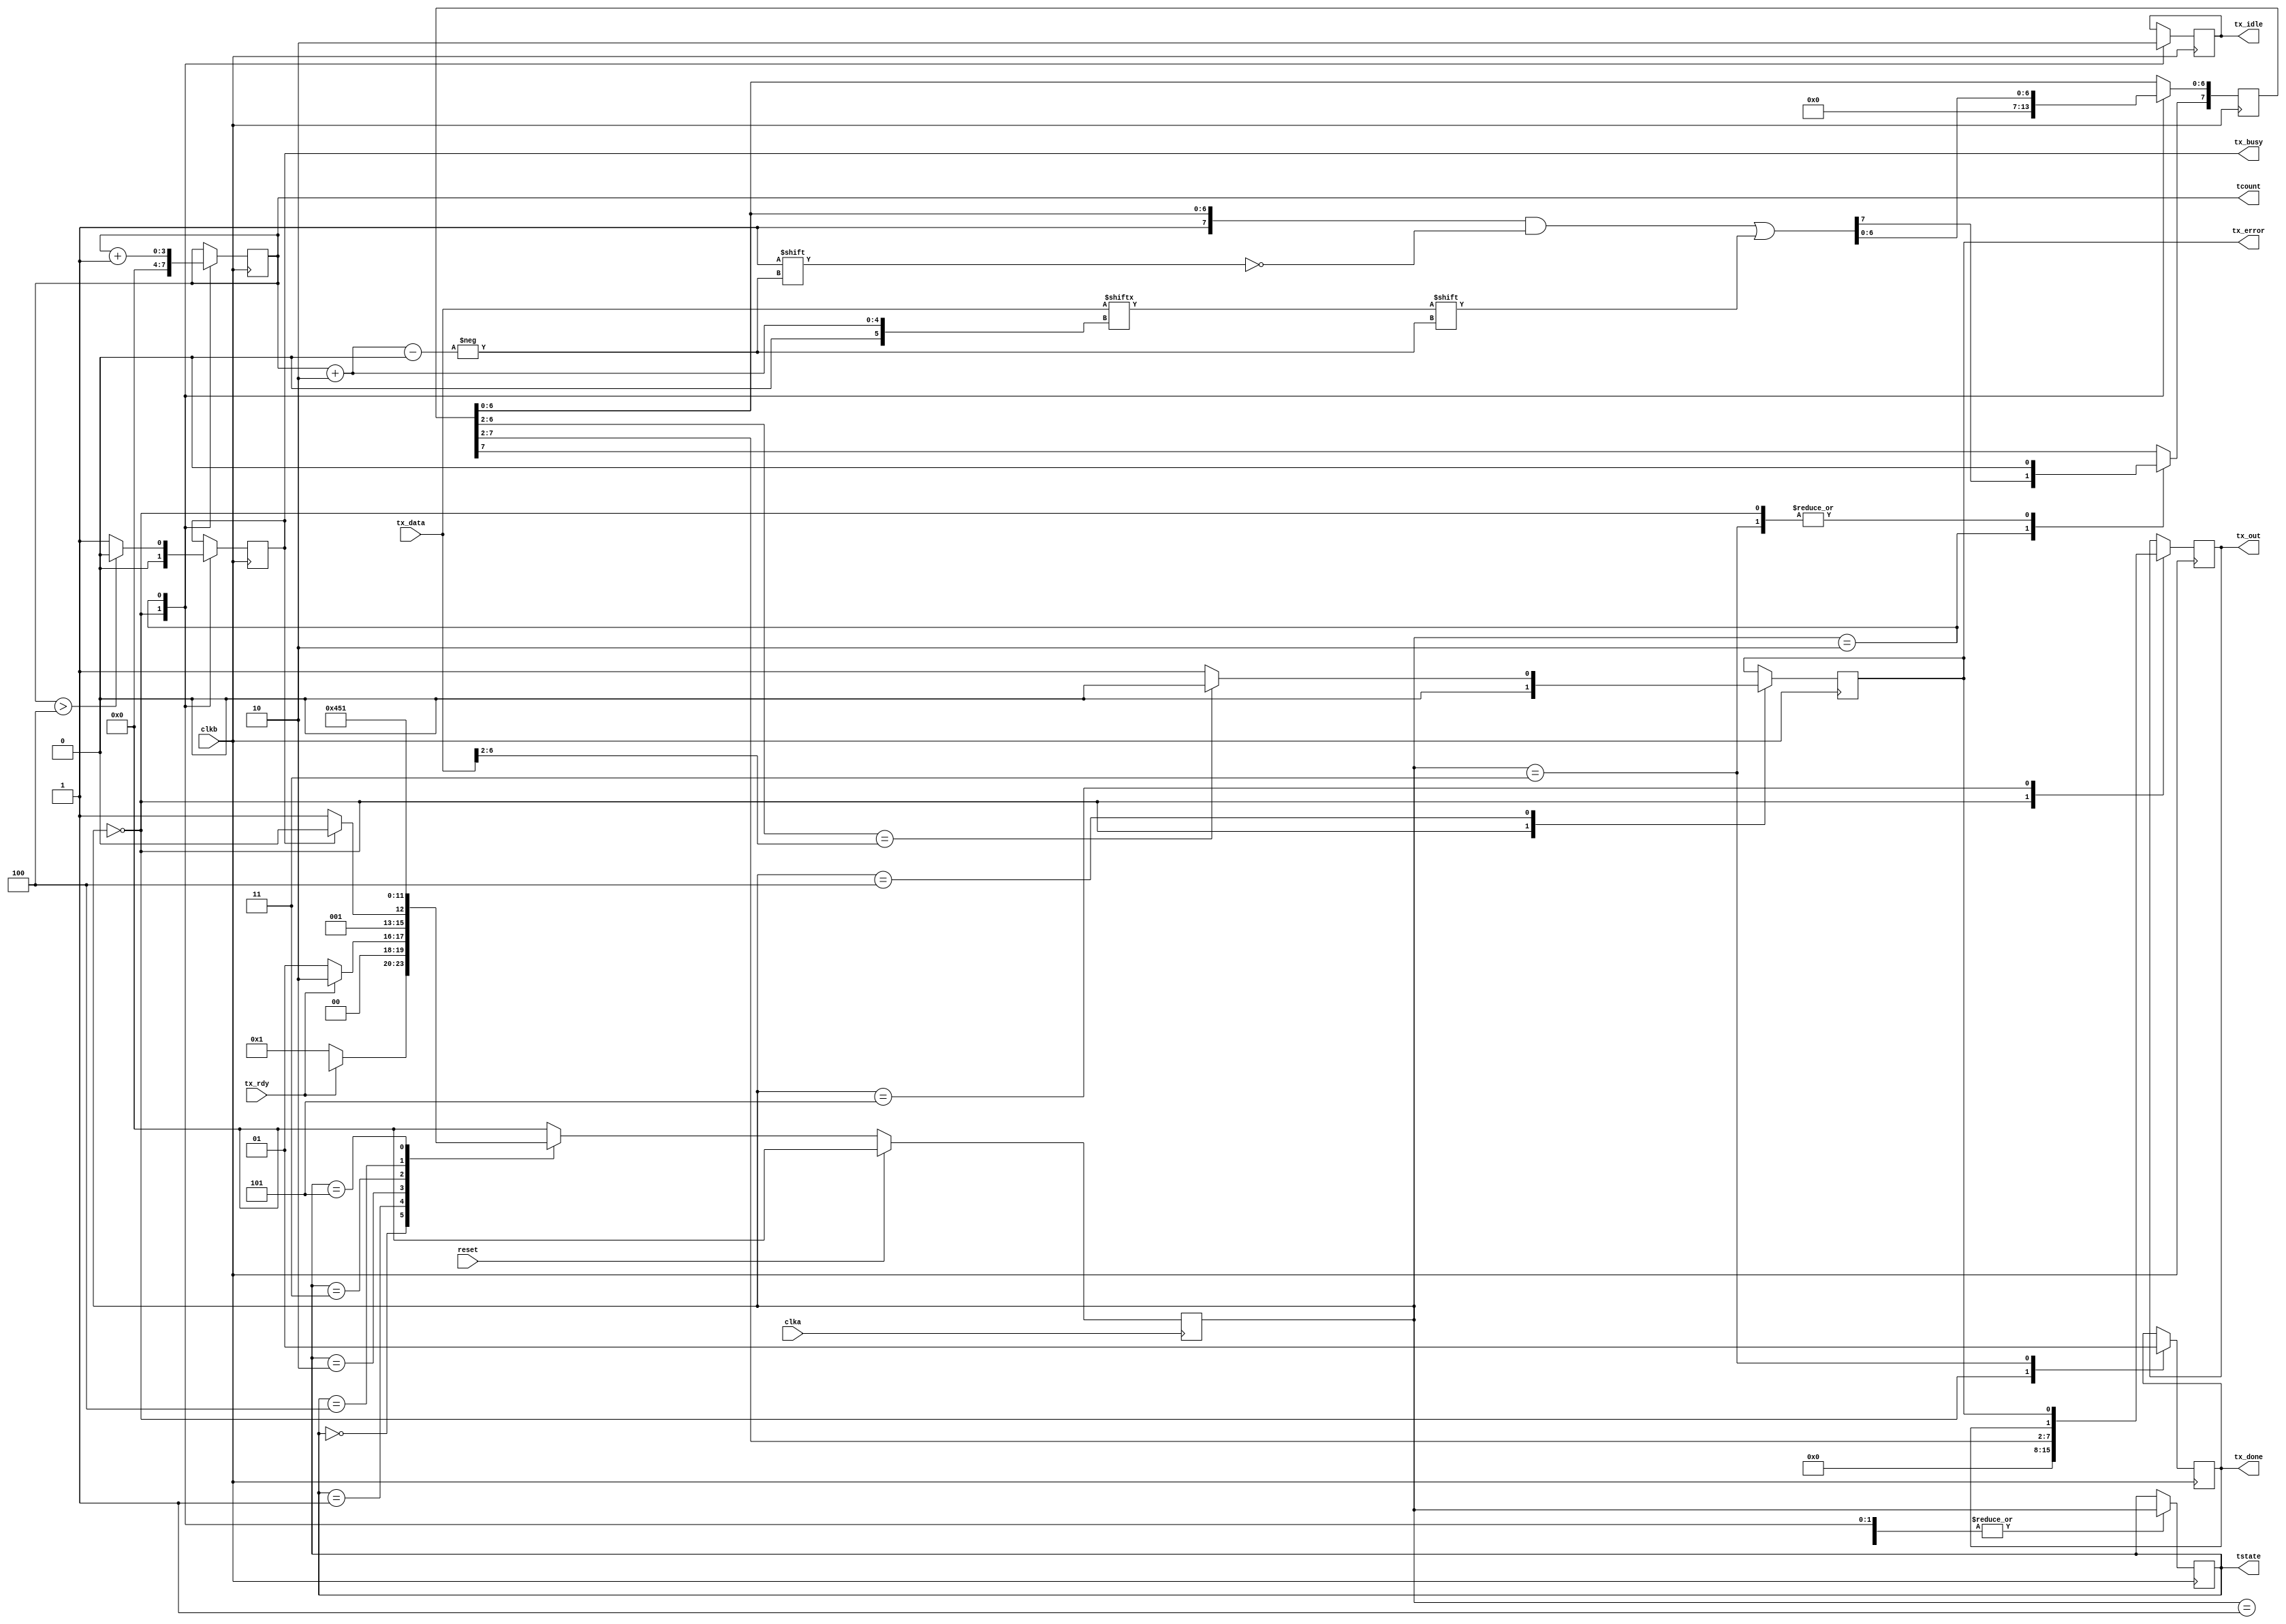
module tx_mainFSM(
input wire clka, clkb, reset,
input wire [7:0] tx_data,
input wire tx_rdy,
output reg [7:0] tx_out,
output [3:0] tstate,
output reg [3:0] tcount,
output reg tx_error, tx_busy, tx_done, tx_idle);

reg [7:0] ttmpout =8'b00000000;

parameter SIZE = 4;
parameter S0  = 4'b0000, S1 = 4'b0001, S2 = 4'b0010, S3=4'b0011, S4=4'b0100, S5=4'b0101, S6  = 4'b0110, S7 = 4'b0111, S8 = 4'b1000;

reg   [SIZE-1:0]          tstate        ;// Seq part of the FSM
wire   [SIZE-1:0]         temp_tstate   ;// Internal tstate reg
reg   [SIZE-1:0]          next_tstate   ;// combo part of FSM

assign  temp_tstate = fsm_function(tstate, tx_rdy, tx_busy, tcount);

function [SIZE-1:0] fsm_function;
	input [SIZE-1:0] tstate;
	input tx_rdy, tx_busy;
	input [3:0] tcount;

	case(tstate)
			S0: begin 
				if(~tx_rdy) begin
					fsm_function = S1;
				end 	
									// idle stage
			end

			S1: begin
				if(tx_rdy) begin 
					fsm_function = S2;
				end
				else begin
					fsm_function = S1;
				end
		            end
 
			S2: begin 
				if (tx_busy) begin
					fsm_function = S2;
				end else begin
					fsm_function = S3;  // trasnmitting data stage
				end
			end

			S3: begin
				fsm_function = S4;    // tx_done stage
			end

			S4: begin
				fsm_function = S5;  //self check
			end

			S5: begin
				fsm_function = S1; // go back to wait for new data
			end

			default: fsm_function = S0;
    endcase
endfunction

always @ (negedge clka)
begin
  if (reset == 1'b1) begin
    next_tstate <= S0;
  end else begin
    next_tstate <= temp_tstate;
  end
end

always @ (negedge clkb)
begin
  case(next_tstate)
          S0: begin
               	tcount <= 4'b0000;
               	ttmpout  <= 8'b00000000;
		tx_out <= 0;
               	tx_error <= 0;
               	tx_idle <= 1;
		tx_busy <= 0;
		tx_done <= 0;
		tcount <= 0;
                tstate <= next_tstate;
          end
	  
  	  S1: begin
		tstate <= next_tstate;
	      end
		
          S2: begin
        	    tx_idle <= 0;
        		if (tcount > 4) begin
          			tx_busy <= 0;
          		end
          		else begin 
          			tx_busy <= 1;
      			end
      			ttmpout [7] <= 1;
      			ttmpout [tcount+2] <= tx_data[tcount+2];
          		tcount <= tcount + 1;
          		tstate <= next_tstate;
          end

          S3: begin
          		ttmpout [7] <= 0;
          		tx_done <= 1;
          		tstate <= next_tstate;
          end

          S4: begin
         		if (ttmpout [6:2]==tx_data[6:2]) begin
          			tx_error <= 0;
          		end
          		else begin
          			tx_error <= 1;
          		end
          	    tstate <= next_tstate;
          end

          S5: begin
          	   tx_out <= {ttmpout[7:2], tx_done, tx_error};
          	   tstate <= next_tstate;
          end
  endcase
end

endmodule